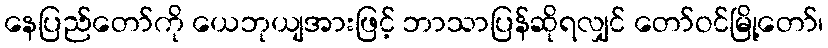
နေပြည်တော်ကို ယေဘုယျအားဖြင့် ဘာသာပြန်ဆိုရလျှင် တော်ဝင်မြို့တော်၊